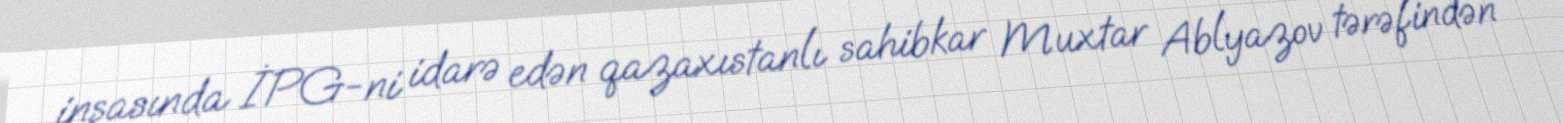
inşasında İPG-ni idarə edən qazaxıstanlı sahibkar Muxtar Ablyazov tərəfindən